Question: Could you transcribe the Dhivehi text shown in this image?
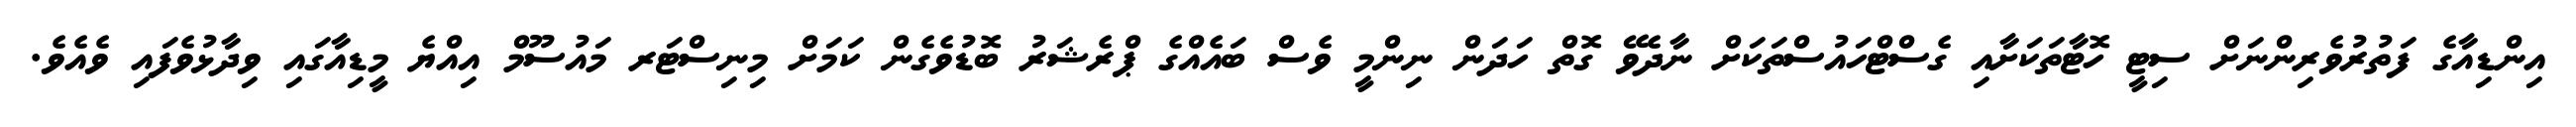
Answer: އިންޑިއާގެ ފަތުރުވެރިންނަށް ސިޓީ ހޮޓާތަކަށާއި ގެސްޓްހައުސްތަކަށް ނާދެވޭ ގޮތް ހަދަން ނިންމީ ވެސް ބައެއްގެ ޕްރެޝަރު ބޮޑުވެގެން ކަމަށް މިނިސްޓަރ މައުސޫމް އިއްޔެ މީޑިއާގައި ވިދާޅުވެފައި ވެއެވެ.